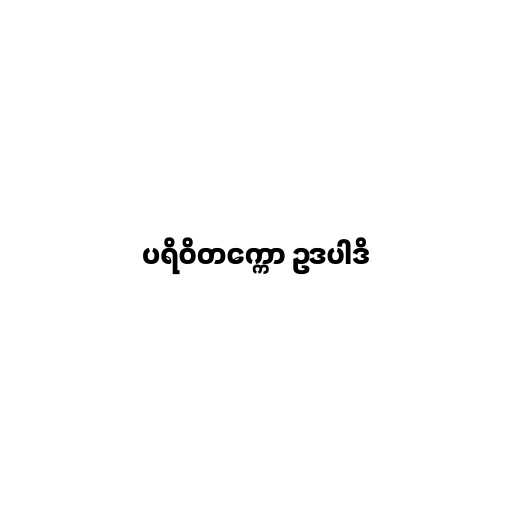
ပရိဝိတက္ကော ဥဒပါဒိ